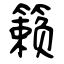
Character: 籁